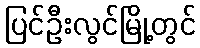
ပြင်ဦးလွင်မြို့တွင်